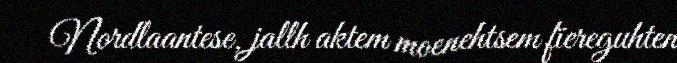
Nordlaantese, jallh aktem moenehtsem fïereguhten